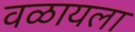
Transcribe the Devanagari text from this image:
वळायला